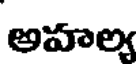
అహాల్య